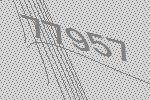
77957